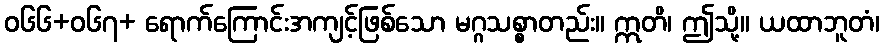
ဝ၆၆+၀၆၇+ ရောက်ကြောင်းအကျင့်ဖြစ်သော မဂ္ဂသစ္စာတည်း။ ဣတိ၊ ဤသို့။ ယထာဘူတံ၊